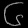
Digit: ၆